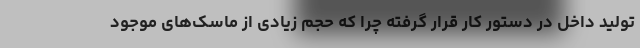
تولید داخل در دستور کار قرار گرفته چرا که حجم زیادی از ماسک‌های موجود